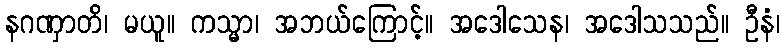
နဂဏှာတိ၊ မယူ။ ကသ္မာ၊ အဘယ်ကြောင့်။ အဒေါသေန၊ အဒေါသသည်။ ဦနံ၊